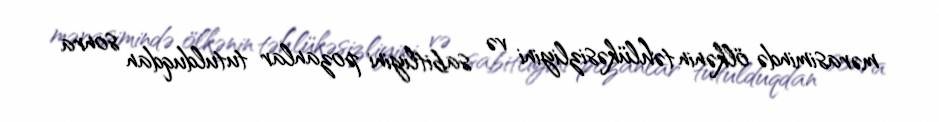
mərasimində ölkənin təhlükəsizliyini və sabitliyini pozanlar tutulduqdan sonra